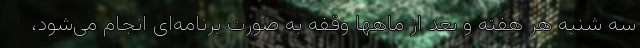
سه شنبه هر هفته و بعد از ماهها وقفه به صورت برنامه‌ای انجام می‌شود،